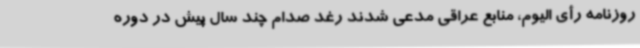
روزنامه رأی الیوم، منابع عراقی مدعی شدند رغد صدام چند سال پیش در دوره